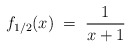
\begin{align*}f_{1/2}(x)\; =\; \frac1{x+1}\end{align*}